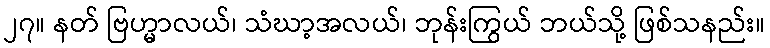
၂၇။ နတ် ဗြဟ္မာလယ်၊ သံဃာ့အလယ်၊ ဘုန်းကြွယ် ဘယ်သို့ ဖြစ်သနည်း။